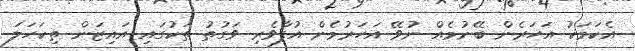
އެކަމަކު އަހަރެން ބޭނުމެއް ނުވޭ އަހަރުމެން އުފާވެރި ވަގުތު ތަކުގައި އައިޒަން ތިކަހަލަ